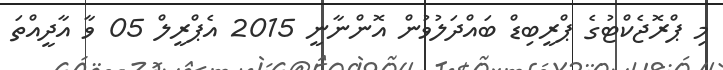
މި ޕްރޮޖެކްޓުގެ ޕްރީބިޑް ބައްދަލުވުން އޮންނާނީ 2015 އެޕްރީލް 05 ވާ އާދީއްތަ